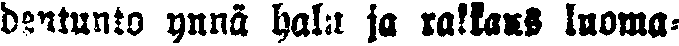
dentunto ynnä halu ja rakkaus luoma-